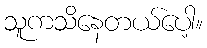
သူကသိနေတယ်ပေါ့။